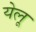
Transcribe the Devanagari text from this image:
येलू